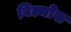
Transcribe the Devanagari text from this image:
विल्मोस